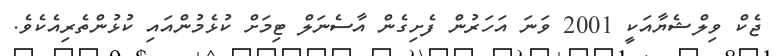
ޖެކް ވިލްޝެޔާއަކީ 2001 ވަނަ އަހަރުން ފެށިގެން އާސެނަލް ޓިމަށް ކުޅެމުންއައި ކުޅުންތެރިއެކެވެ.